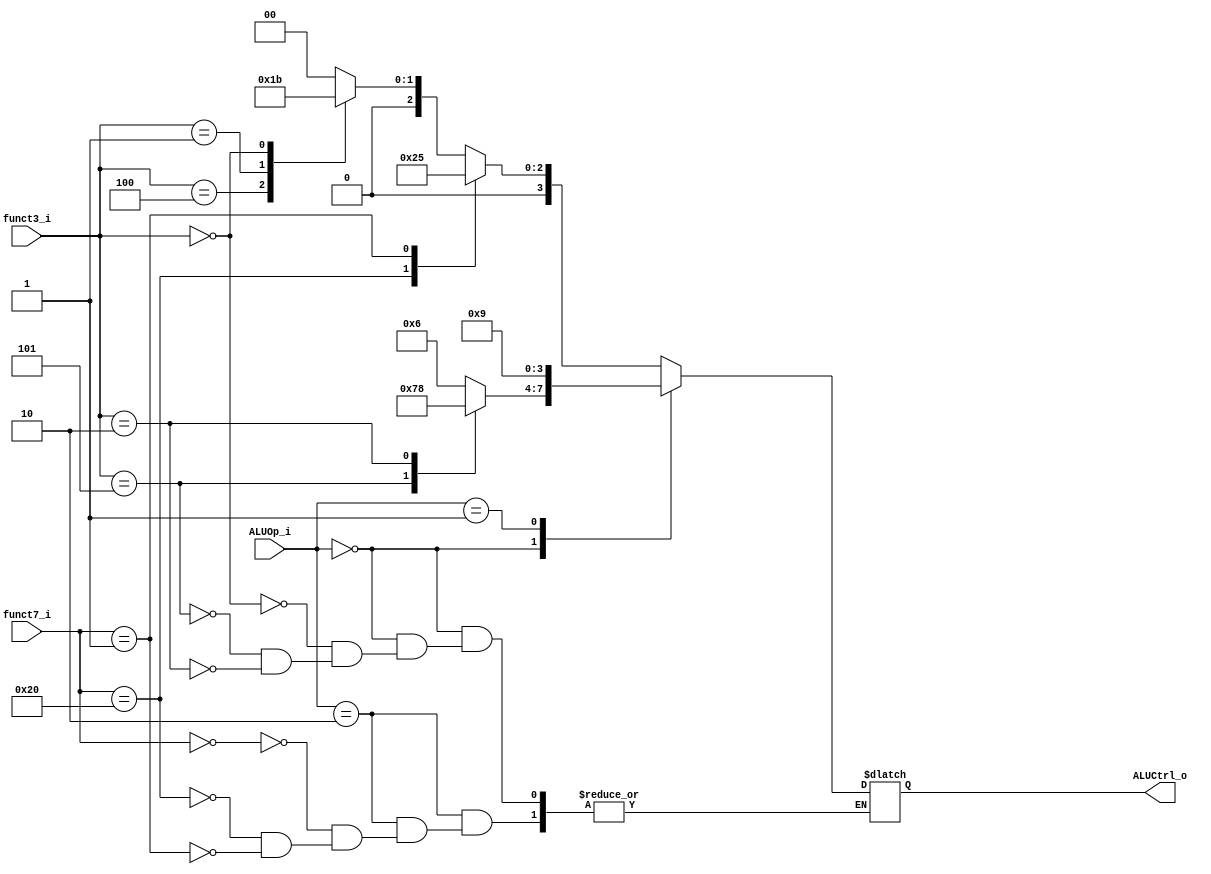
// copy from hw4
module ALU_Control (funct7_i,funct3_i,ALUOp_i,ALUCtrl_o);
    input [1:0] ALUOp_i;
    input [6:0] funct7_i ;
    input [2:0] funct3_i;
    output[3:0] ALUCtrl_o; // 
    reg[3:0] ALUCtrl_o;


    always @(*) begin
        case (ALUOp_i)
            2'b10:case (funct7_i)   //b10 for  look at function 
                7'b0000000:case (funct3_i)
                    3'b111:ALUCtrl_o = 4'b0000; //and
                    3'b100:ALUCtrl_o = 4'b0001; //xor
                    3'b001:ALUCtrl_o = 4'b0010; // sll
                    3'b000:ALUCtrl_o = 4'b0011; // add
                    default:ALUCtrl_o = 4'bxxxx;
                endcase 
                7'b0100000:ALUCtrl_o = 4'b0100; // sub
                //     3'b000:ALUCtrl_o = 4'b0110; // sub 
                //     3'b101:ALUCtrl_o = 4'b1010; // srai
                //     default: ALUCtrl_o = 4'bxxxx;
                // endcase
                7'b0000001:ALUCtrl_o = 4'b0101; // mul 
                //default: ALUCtrl_o = 4'bxxxx;
            endcase
            2'b00:case(funct3_i)
                3'b000: ALUCtrl_o=4'b0110;//addi
                3'b101: ALUCtrl_o=4'b0111;//srai
                3'b010: ALUCtrl_o=4'b1000;//lw,sw
            endcase
            2'b01:ALUCtrl_o=4'b1001;//beq
            
            default: ALUCtrl_o = 4'bxxxx;
        endcase

    end
endmodule


/*
funct7       rs2 rs1 funct3 rd       opcode    function
0000000      rs2 rs1 111    rd       0110011   and
0000000      rs2 rs1 100    rd       0110011   xor
0000000      rs2 rs1 001    rd       0110011   sll
0000000      rs2 rs1 000    rd       0110011   add
0100000      rs2 rs1 000    rd       0110011   sub
0000001      rs2 rs1 000    rd       0110011   mul
    imm[11:0]    rs1 000    rd       0010011   addi
0100000 imm[4:0] rs1 101    rd       0010011   srai
new!!!!
    imm[11:0]    rs1 010    rd       0000011   lw
imm[11:5]    rs2 rs1 010  imm[4:0]   0100011   sw
imm[12,10:5] rs2 rs1 000  imm[4:1,11]1100011   beq


https://passlab.github.io/CSE564/notes/lecture09_RISCV_Impl_pipeline.pdf
https://github.com/Michaelvll/RISCV_CPU/tree/master/Source
https://github.com/VenciFreeman/RISC-V
*/